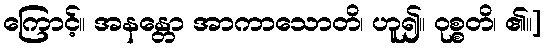
ကြောင့်။ အနန္တော အာကာသောတိ၊ ဟူ၍။ ဝုစ္စတိ၊ ၏။]